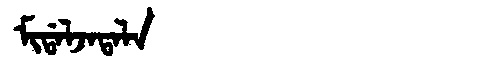
Manchu: ᠮᡳᡩᠠᠯᠵᠠᡨᠠᠯᠠ
Romanization: MIDALJATALA